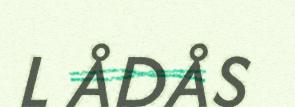
L ÅDÅS